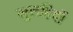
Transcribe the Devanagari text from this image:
मुलहिदों